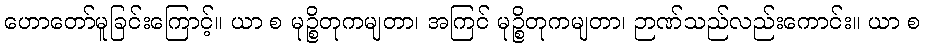
ဟောတော်မူခြင်းကြောင့်။ ယာ စ မုဉ္စိတုကမျတာ၊ အကြင် မုဉ္စိတုကမျတာ၊ ဉာဏ်သည်လည်းကောင်း။ ယာ စ